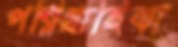
পরিগ্রাহিকা